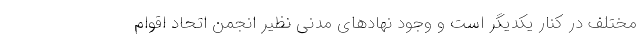
مختلف در کنار یکدیگر است و وجود نهادهای مدنی نظیر انجمن اتحاد اقوام